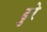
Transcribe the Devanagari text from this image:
ढुरे